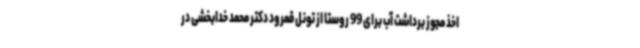
اخذ مجوز برداشت آب برای 99 روستا از تونل قمرود دکتر محمد خدابخشی در